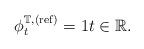
LaTeX: \begin{align*} \phi^{\mathbb T,(\mathrm{ref})}_t=1 t\in\mathbb R. \end{align*}